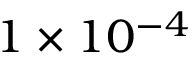
1 \times 1 0 ^ { - 4 }